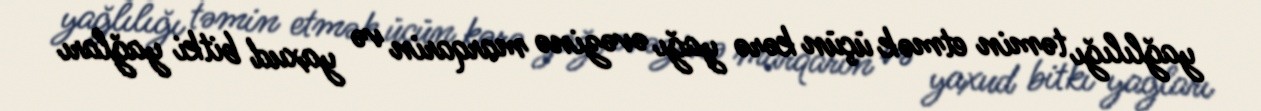
yağlılığı təmin etmək üçün kərə yağı əvəzinə marqarin və yaxud bitki yağları